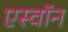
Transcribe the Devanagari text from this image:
एस्वॉन